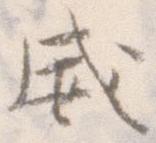
威